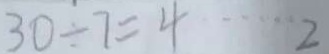
3 0 \div 7 = 4 \cdots 2